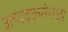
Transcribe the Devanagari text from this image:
उत्पादकतेमध्ये